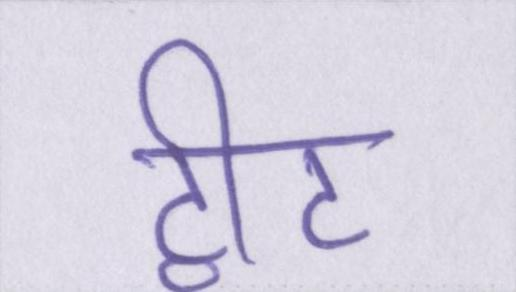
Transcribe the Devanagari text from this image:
ट्वीट